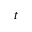
t